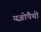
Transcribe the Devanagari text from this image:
यज्ञोपैथी